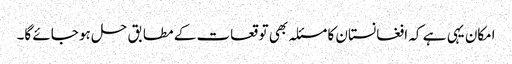
امکان یہی ہے کہ افغانستان کا مسئلہ بھی توقعات کے مطابق حل ہو جائے گا۔